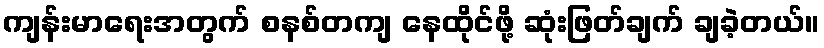
ကျန်းမာရေးအတွက် စနစ်တကျ နေထိုင်ဖို့ ဆုံးဖြတ်ချက် ချခဲ့တယ်။